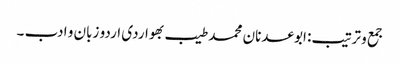
جمع و ترتیب: ابوعدنان محمد طیب بھواردی	اردو زبان و ادب ۔